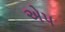
એપ